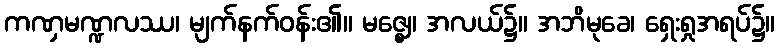
ကဏှမဏ္ဍလဿ၊ မျက်နက်ဝန်း၏။ မဇ္ဈေ၊ အလယ်၌။ အဘိမုခေ၊ ရှေးရှုအရပ်၌။